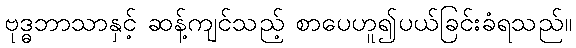
ဗုဒ္ဓဘာသာနှင့် ဆန့်ကျင်သည့် စာပေဟူ၍ပယ်ခြင်းခံရသည်။